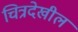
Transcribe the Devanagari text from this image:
चित्रदेखील